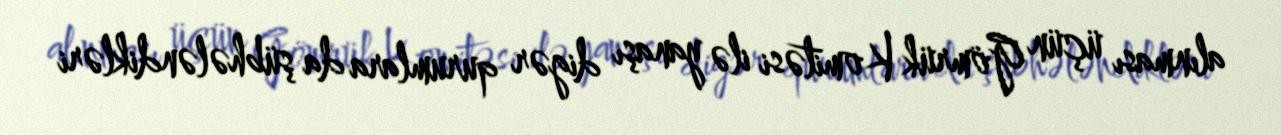
alınması üçün Gömrük Komitəsi ilə yanaşı digər qurumlara da şübhələndikləri